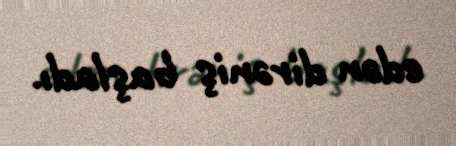
edən dirəniş başladı.